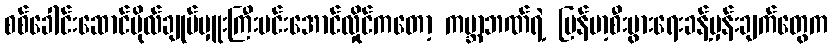
စစ်ခေါင်းဆောင်ဗိုလ်ချုပ်မှူးကြီးမင်းအောင်လှိုင်ကတော့ ကမ္ဘာ့ဘဏ်ရဲ့ မြန်မာ့စီးပွားရေးခန့်မှန်းချက်တွေက